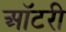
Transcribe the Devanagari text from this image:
ऑटरी